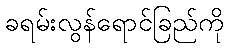
ခရမ်းလွန်ရောင်ခြည်ကို